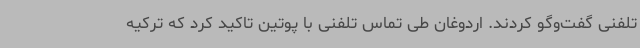
تلفنی گفت‌وگو کردند. اردوغان طی تماس تلفنی با پوتین تاکید کرد که ترکیه